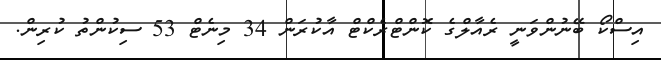
އިސްކޯ ބޭނުންވަނީ ރެއާލްގެ ކޮންޓްރެކްޓް އާކުރަން 34 މިނެޓް 53 ސިކުންތު ކުރިން.